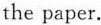
the paper.